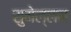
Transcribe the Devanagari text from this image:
सुमेल्लन